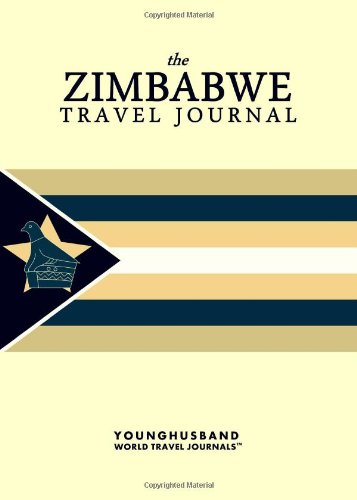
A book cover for The Zimbabwe Travel Journal; Younghusband World Travel Journals; Travel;